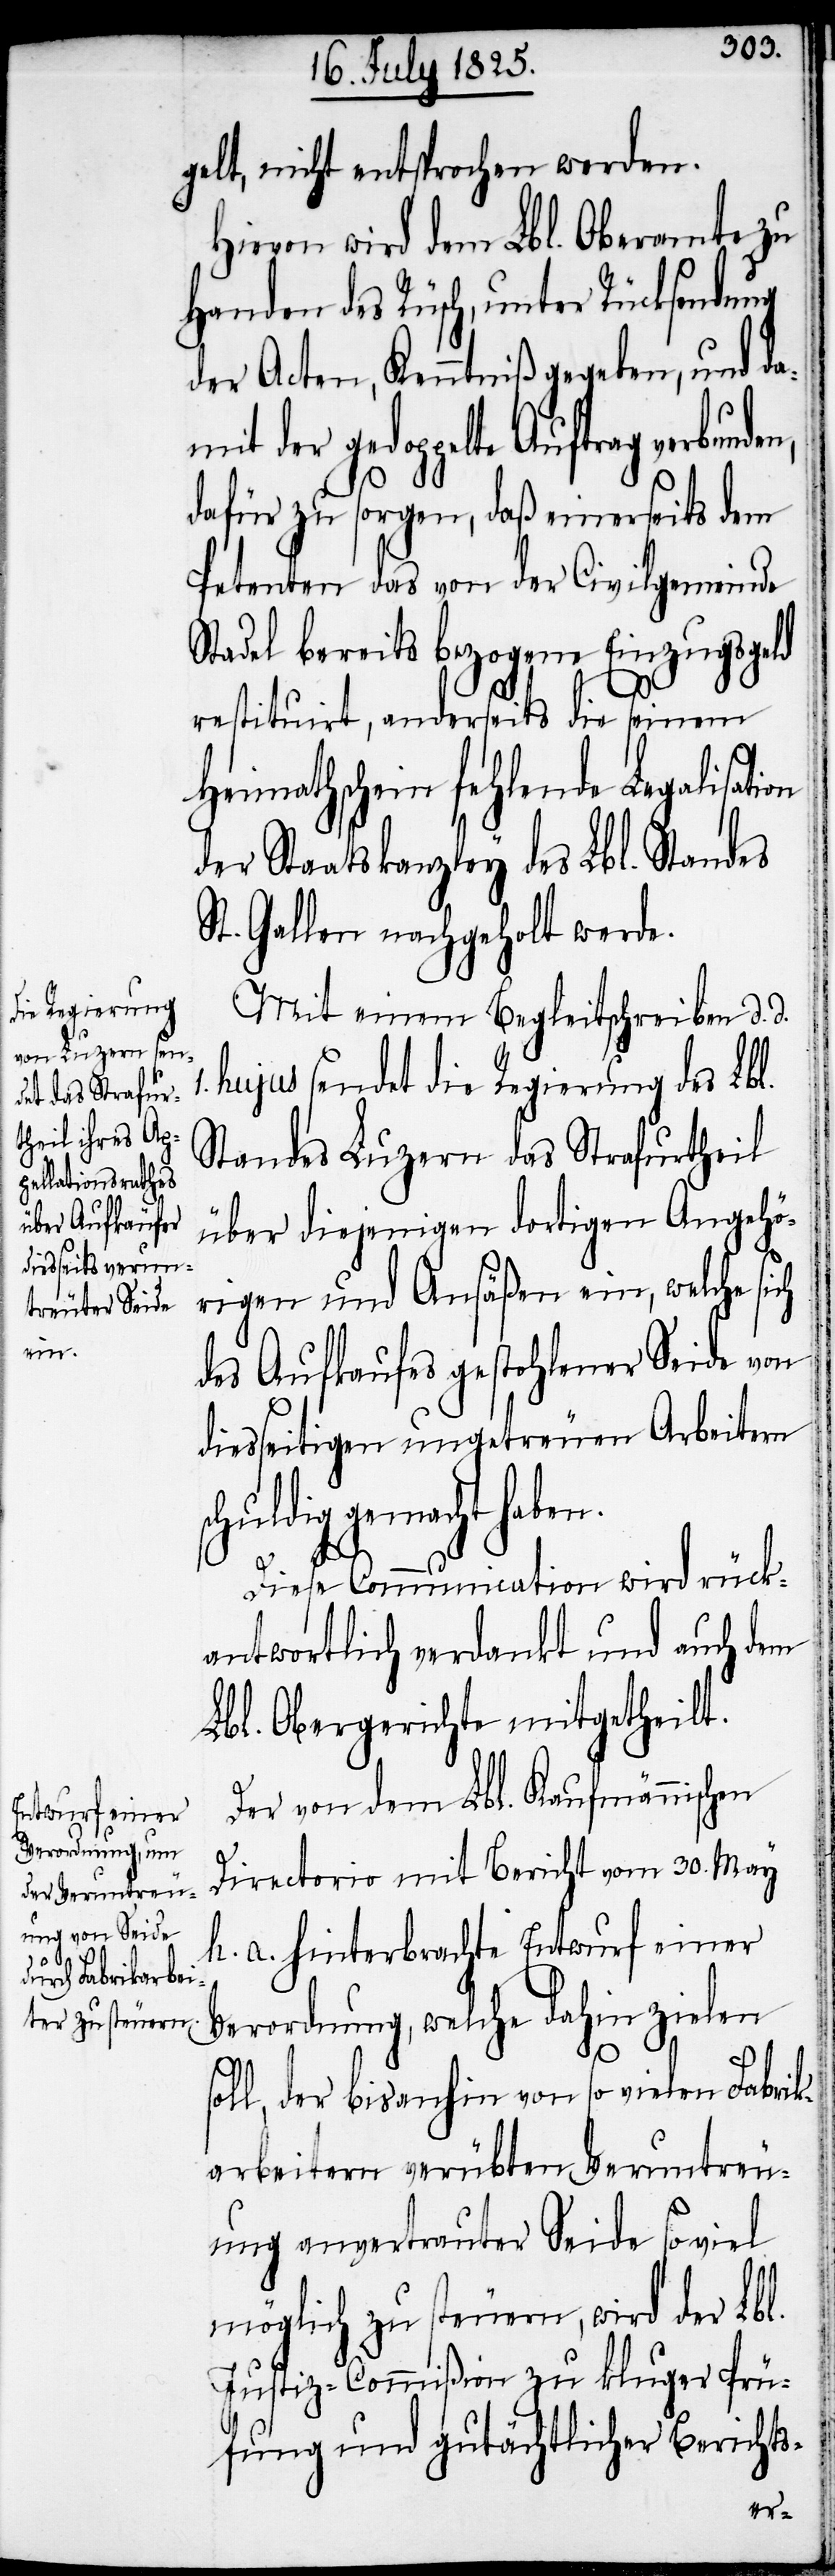
gelt, nicht entsprochen werden.
Hievon wird dem Lbl. Oberamte zu
Handen des Rüsch, unter Rücksendung
der Acten, Kenntniß gegeben, und da¬
mit der gedoppelte Auftrag
dafür zu sorgen, daß einerseits dem
Petenten das von der Civilgemeinde
Stadel bereits bezogene Einzugsgeld
restituirt, anderseits die seinem
Heimathschein fehlende Legalisati¬
der Staatskanzley des Lbl. Standes
St. Gallen nachgeholt werde.
Mit einem Begleitschreiben d. d.
hujus sendet die Regierung des Lbl.
Standes Luzern das Strafurtheil
über diejenigen dortigen Angehö¬
rigen und Ansäßen ein, welche sich
des Aufkaufes gestohlener Seide von
diesseitigen ungetreuen Arbeitern
huldig gemacht habe¬
Diese Communication wird rück¬
antwortlich verdankt und auch dem
Lbl. Obergerichte mitgetheilt.
Der von dem Lbl. Kaufmännischen
n.
Directorio mit Bericht vom 30. May
h. a. hinterbrachte Entwurf einer
Verordnung, welche dahin zielen
soll, der bisanhin von so vielen Fabrik¬
arbeitern verübten Veruntreu¬
ung anvertrauter Seide so viel
möglich zu steuern, wird der Lbl.
Justiz-Commißion zu kluger Prü¬
fung und gutächtlicher Berichts-